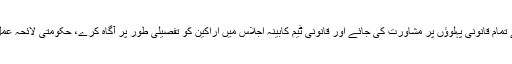
وزیراعظم نے کہا ہے کہ فیصلے کے تمام قانونی پہلوؤں پر مشاورت کی جائے اور قانونی ٹیم کابینہ اجلاس میں اراکین کو تفصیلی طور پر آگاہ کرے، حکومتی لائحہ عمل کابینہ اجلاس میں طے کیا جائے گا۔